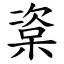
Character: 楶